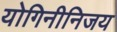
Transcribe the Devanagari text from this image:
योगिनीनिजय